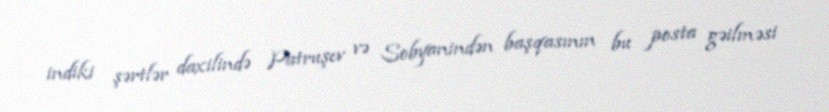
indiki şərtlər daxilində Patruşev və Sobyanindən başqasının bu posta gəilməsi